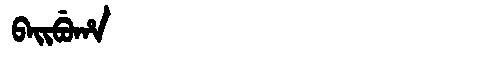
Manchu: ᠪᠠᡳᠪᡠᡥᠠ
Romanization: BAIBUHA